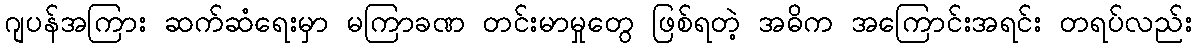
ဂျပန်အကြား ဆက်ဆံရေးမှာ မကြာခဏ တင်းမာမှုတွေ ဖြစ်ရတဲ့ အဓိက အကြောင်းအရင်း တရပ်လည်း